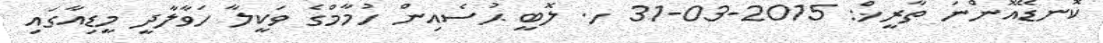
ކޮނޑޭއޮންނަ ތާރީޚް: 2015-03-31 ހ. ލޮބީ ޙުސެއިން ހުމާމްގެ ވަކީލާ ހަވާލާދީ މީޑިއާގައި